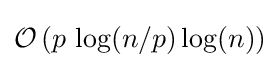
{\mathcal {O}}\left(p\,\log(n/p)\log(n)\right)